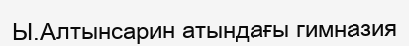
Ы.Алтынсарин атындағы гимназия